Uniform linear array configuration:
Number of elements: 12
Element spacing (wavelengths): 0.5
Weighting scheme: hamming
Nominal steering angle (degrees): -60
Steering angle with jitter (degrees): -59.581
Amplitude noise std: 0.05
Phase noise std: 0.05

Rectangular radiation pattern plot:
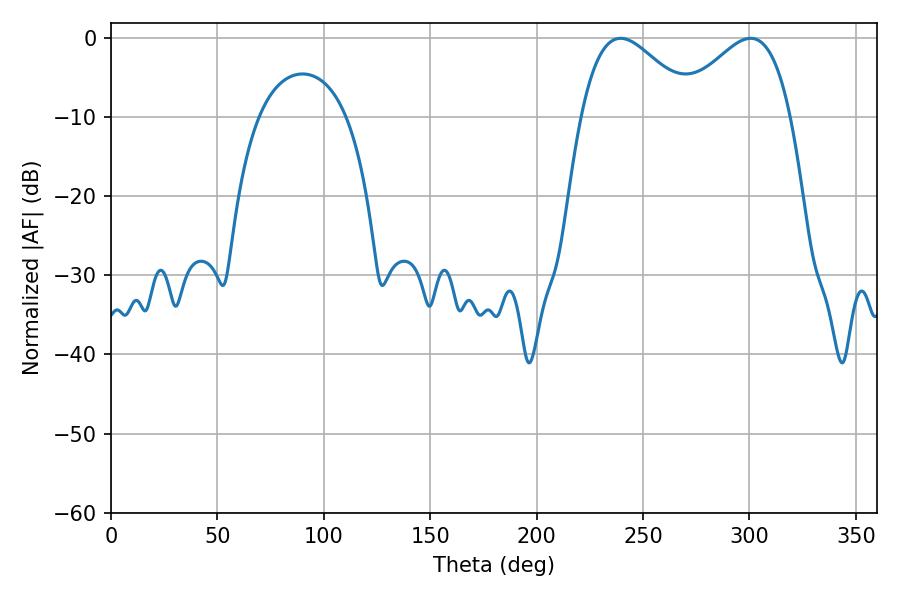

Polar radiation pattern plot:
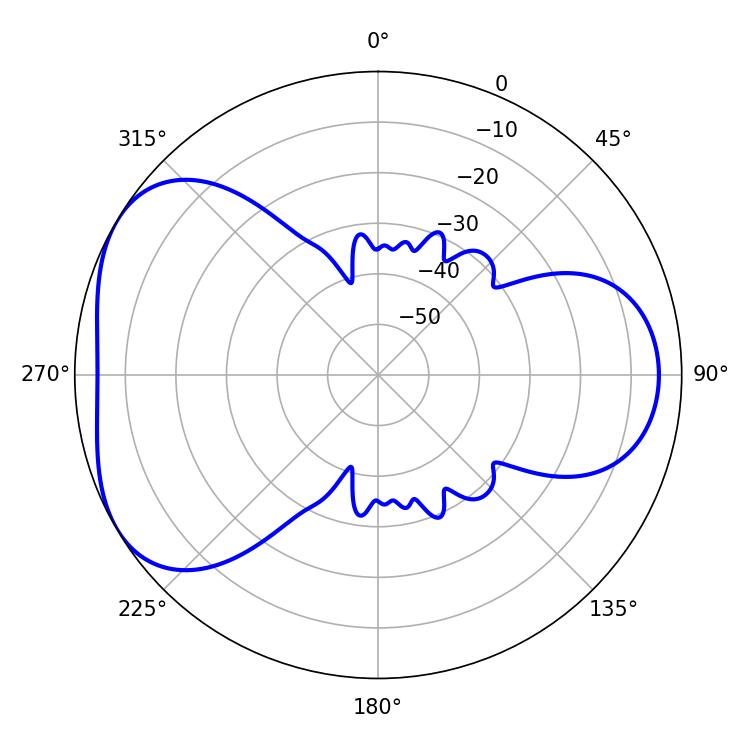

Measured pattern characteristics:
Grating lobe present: FALSE
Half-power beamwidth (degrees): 28.98
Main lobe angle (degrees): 239.4